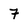
Character: 7